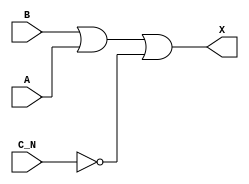
module sky130_fd_sc_hdll__or3b (
    X  ,
    A  ,
    B  ,
    C_N
);

    // Module ports
    output X  ;
    input  A  ;
    input  B  ;
    input  C_N;

    // Local signals
    wire not0_out ;
    wire or0_out_X;

    //  Name  Output     Other arguments
    not not0 (not0_out , C_N            );
    or  or0  (or0_out_X, B, A, not0_out );
    buf buf0 (X        , or0_out_X      );

endmodule